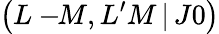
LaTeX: \left(L-\! \! M,L^{\prime}M\, |\, J0\right)